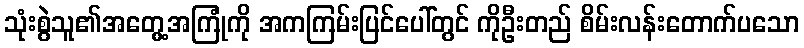
သုံးစွဲသူ၏အတွေ့အကြုံကို အကကြမ်းပြင်ပေါ်တွင် ကိုဦးတည် စိမ်းလန်းတောက်ပသော